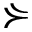
\curlyeqsucc